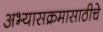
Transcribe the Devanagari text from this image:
अभ्यासक्रमासाठीचे